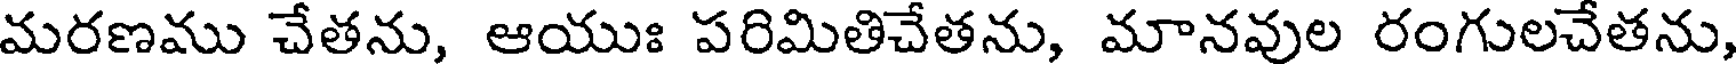
మరణము చేతను, ఆయుః పరిమితిచేతను, మానవుల రంగులచేతను,